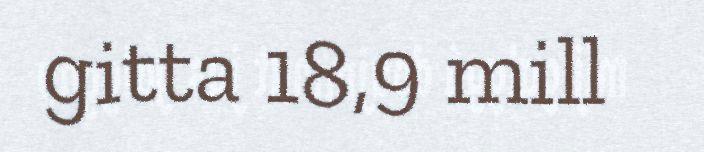
gitta 18,9 mill